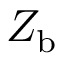
Z _ { \mathrm { { b } } }